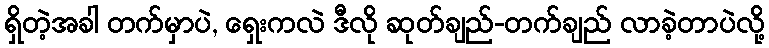
ရှိတဲ့အခါ တက်မှာပဲ, ရှေးကလဲ ဒီလို ဆုတ်ချည်-တက်ချည် လာခဲ့တာပဲလို့